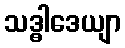
သဒ္ဓါဒေယျာ